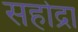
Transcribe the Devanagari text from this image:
सहोद्रा